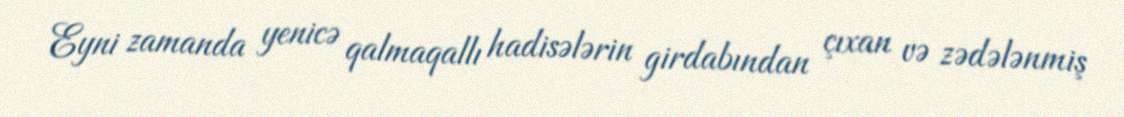
Eyni zamanda yenicə qalmaqallı hadisələrin girdabından çıxan və zədələnmiş